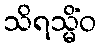
သိရသ္မိံဝ